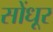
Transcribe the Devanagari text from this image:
सोंधूर